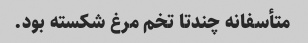
متأسفانه چندتا تخم مرغ شکسته بود.